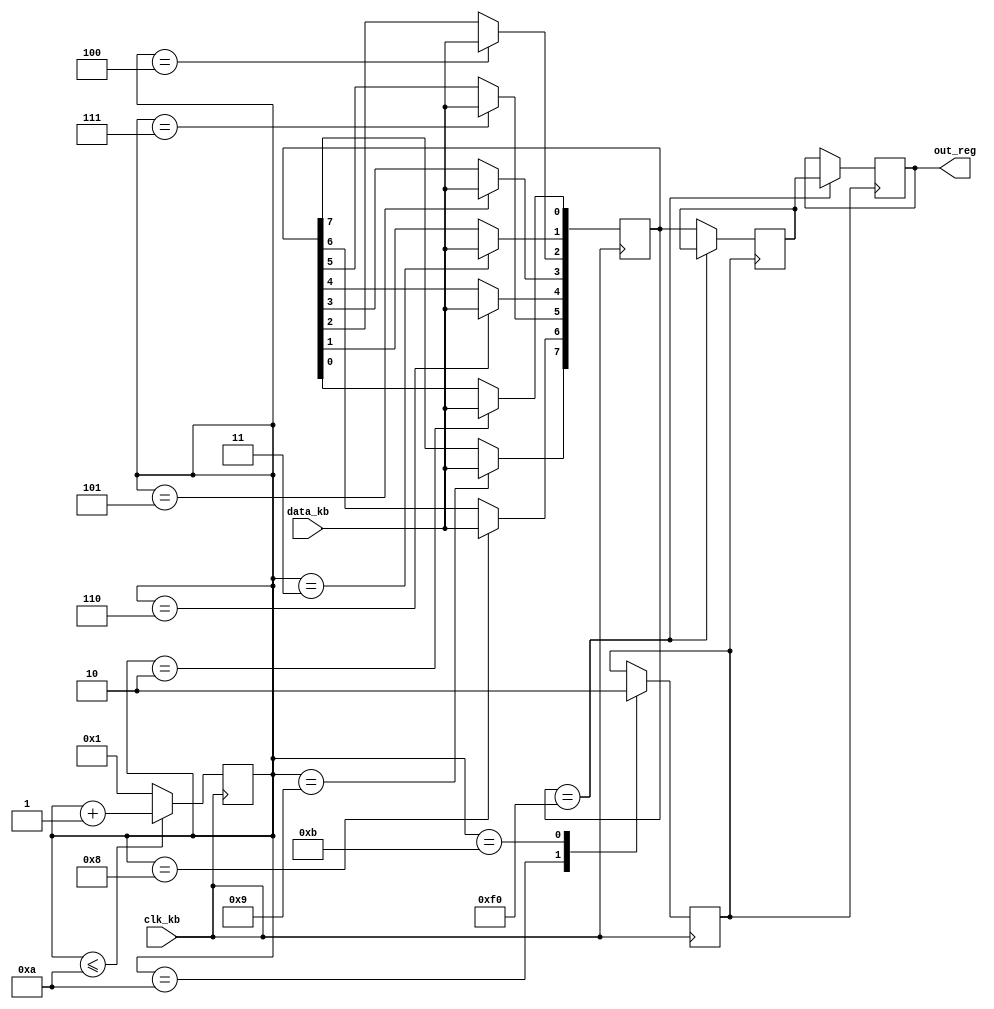
module keyboard(clk_kb, data_kb, out_reg);

// Assining ports as in/out
input clk_kb;
input data_kb;

output reg [7:0] out_reg;

// Instantaiting and Intializing Registers
reg [3:0] counter;
reg [7:0] data_curr;
reg [7:0] data_pre;
reg flag;

initial
begin
	counter = 4'h1;
	data_curr = 8'hf0;
	data_pre = 8'hf0;
	flag = 1'b0;
	out_reg = 8'hf0;
end

// FSM
always @(negedge clk_kb)
begin
	case (counter)
		1:;
		2: 	data_curr[0] <= data_kb;
		3: 	data_curr[1] <= data_kb;	
		4: 	data_curr[2] <= data_kb;
		5: 	data_curr[3] <= data_kb;	
		6: 	data_curr[4] <= data_kb;
		7: 	data_curr[5] <= data_kb;	
		8: 	data_curr[6] <= data_kb;
		9: 	data_curr[7] <= data_kb;
		10:	flag <= 1'b1;
		11: flag <= 1'b0;
	endcase

	if (counter <= 10)
		counter <= counter + 4'h1;
	else 
		counter <= 4'h1;
end

always @(posedge flag)
begin
	if (data_curr == 8'hf0)
		out_reg <= data_pre;
	else
		data_pre <= data_curr;
end

endmodule